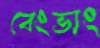
বেংভাং